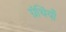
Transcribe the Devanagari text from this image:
ग्रंथिंयाँ